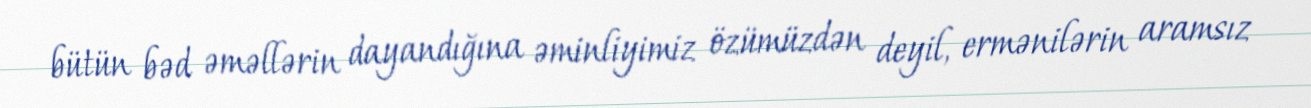
bütün bəd əməllərin dayandığına əminliyimiz özümüzdən deyil, ermənilərin aramsız